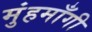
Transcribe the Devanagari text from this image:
मुंहमाँगी